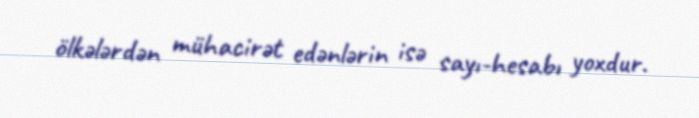
ölkələrdən mühacirət edənlərin isə sayı-hesabı yoxdur.